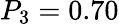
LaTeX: P_{3}=0.70